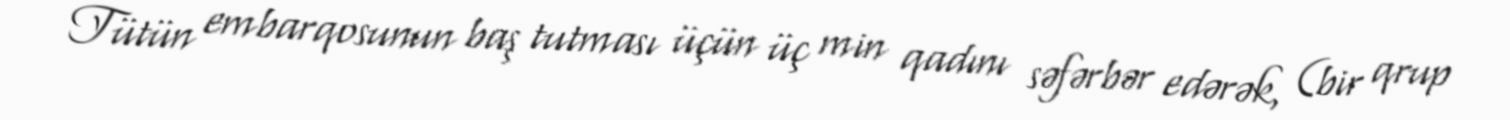
Tütün embarqosunun baş tutması üçün üç min qadını səfərbər edərək, (bir qrup